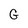
Character: G